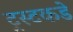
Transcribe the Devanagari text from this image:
ट्रस्टकडे